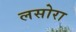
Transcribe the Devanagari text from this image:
लसोरा